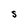
Character: S